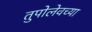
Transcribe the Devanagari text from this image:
तुपोलेवच्या